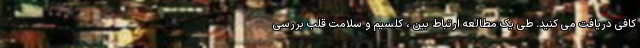
کافی دریافت می کنید. طی یک مطالعه ارتباط بین ، کلسیم و سلامت قلب بررسی